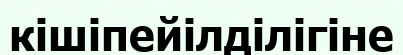
кішіпейілділігіне